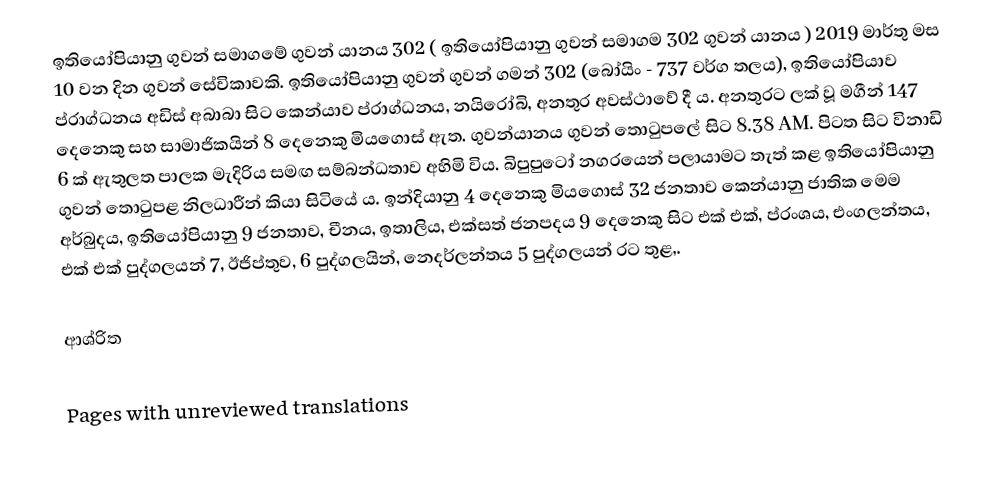
ඉතියෝපියානු ගුවන් සමාගමේ ගුවන් යානය 302 ( ඉතියෝපියානු ගුවන් සමාගම 302 ගුවන් යානය ) 2019 මාර්තු මස 10 වන දින ගුවන් සේවිකාවකි. ඉතියෝපියානු ගුවන් ගුවන් ගමන් 302 (බෝයිං - 737 වර්ග තලය), ඉතියෝපියාව ප්රාග්ධනය අඩිස් අබාබා සිට කෙන්යාව ප්රාග්ධනය, නයිරෝබි, අනතුර අවස්ථාවේ දී ය. අනතුරට ලක් වූ මගීන් 147 දෙනෙකු සහ සාමාජිකයින් 8 දෙනෙකු මියගොස් ඇත. ගුවන්යානය ගුවන් තොටුපලේ සිට 8.38 AM. පිටත සිට විනාඩි 6 ක් ඇතුලත පාලක මැදිරිය සමඟ සම්බන්ධතාව අහිමි විය. බිපුපුටෝ නගරයෙන් පලායාමට තැත් කළ ඉතියෝපියානු ගුවන් තොටුපළ නිලධාරීන් කියා සිටියේ ය. ඉන්දියානු 4 දෙනෙකු මියගොස් 32 ජනතාව කෙන්යානු ජාතික මෙම අර්බුදය, ඉතියෝපියානු 9 ජනතාව, චීනය, ඉතාලිය, එක්සත් ජනපදය 9 දෙනෙකු සිට එක් එක්, ප්රංශය, එංගලන්තය, එක් එක් පුද්ගලයන් 7, ඊජිප්තුව, 6 පුද්ගලයින්, නෙදර්ලන්තය 5 පුද්ගලයන් රට තුළ,.

ආශ්රිත

Pages with unreviewed translations